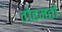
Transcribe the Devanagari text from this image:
तोहमतों